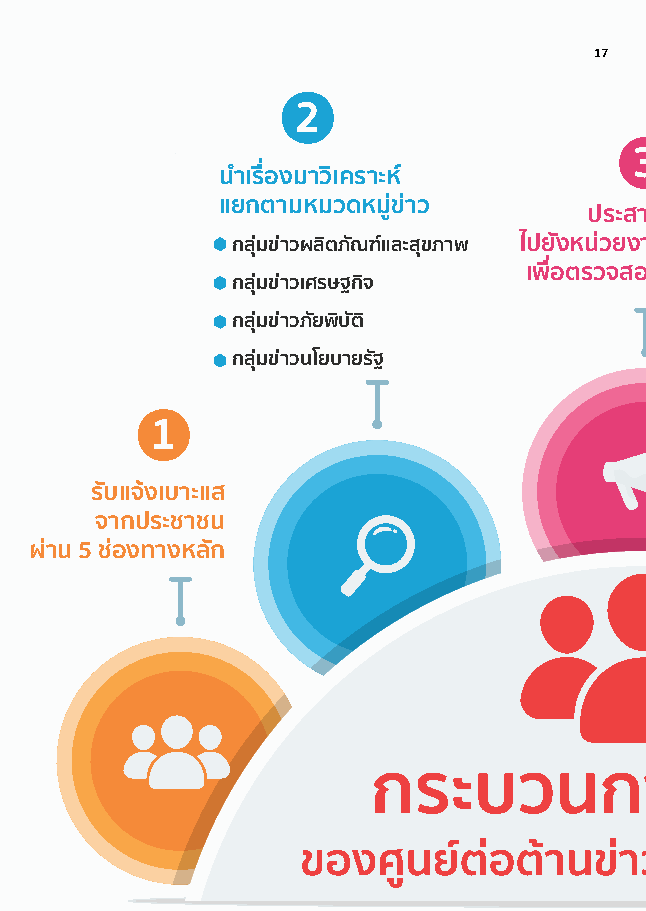
17
 2
 3
 
 นาํ เรอื งมาวเิ คราะห
 แยกตามหมวดหมขู า ว
 ประสานงาน
 กลมุ ขา วผลติ ภณั ฑแ ละสขุ ภาพ ไปยงั หนว ยงา
 เพอื ตรวจสอ
 กลมุ ขา วเศรษฐกจิ
 กลมุ ขา วภยั พบิ ตั ิ
 กลมุ ขา วนโยบายรฐั
 1
 รบั แจง เบาะแส
 จากประชาชน
 ผา น 5 ชอ งทางหลกั